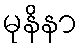
မုနိနာ